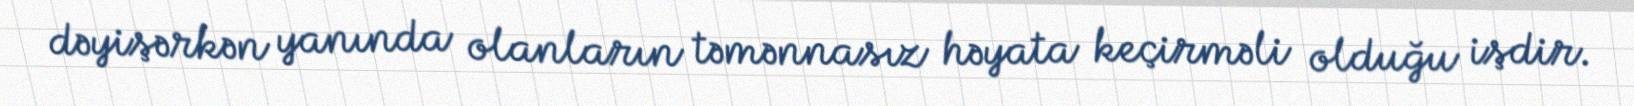
dəyişərkən yanında olanların təmənnasız həyata keçirməli olduğu işdir.